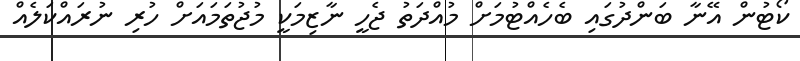
ކޯޓުން އޭނާ ބަންދުގައި ބެހެއްޓުމަށް މުއްދަތު ޖެހީ ނާޒިމަކީ މުޖުތަމައަށް ހުރި ނުރައްކަލެއް